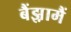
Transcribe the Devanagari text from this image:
बैंझ़ामैं